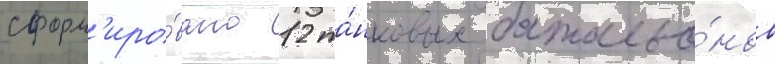
сформ'иро́вано 12 та́нковых батальо́нов